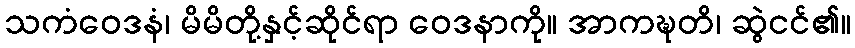
သကံဝေဒနံ၊ မိမိတို့နှင့်ဆိုင်ရာ ဝေဒနာကို။ အာကဍ္ဎတိ၊ ဆွဲငင်၏။